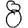
Digit: 8